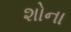
શોના